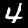
Digit: 4